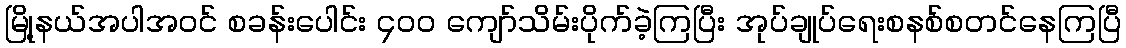
မြို့နယ်အပါအဝင် စခန်းပေါင်း ၄၀၀ ကျော်သိမ်းပိုက်ခဲ့ကြပြီး အုပ်ချုပ်ရေးစနစ်စတင်နေကြပြီ